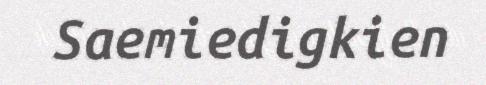
Saemiedigkien